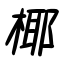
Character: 椰